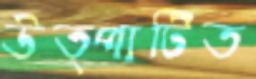
উত্পাটিত